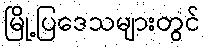
မြို့ပြဒေသများတွင်